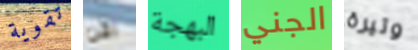
تقوية الآن البهجة الجني وتيرة